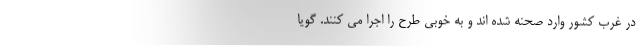
در غرب کشور وارد صحنه شده اند و به خوبی طرح را اجرا می کنند. گویا